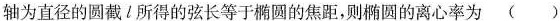
轴为直径的圆截l所得的弦长等于椭圆的焦距，则椭圆的离心率为（）